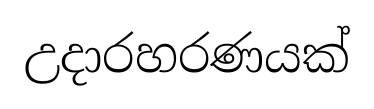
උදාරහරණයක්